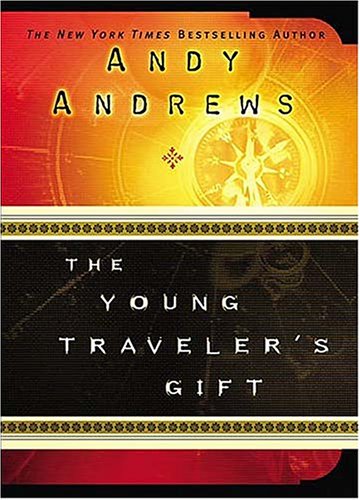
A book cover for The Young Traveler's Gift; Andy Andrews; Christian Books & Bibles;